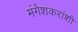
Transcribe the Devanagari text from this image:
मंगेशकरांशी